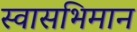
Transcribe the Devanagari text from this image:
स्वासभिमान